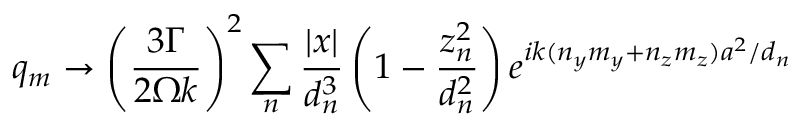
q _ { m } \to \left( \frac { 3 \Gamma } { 2 \Omega k } \right) ^ { 2 } \sum _ { n } \frac { | x | } { d _ { n } ^ { 3 } } \left( 1 - \frac { z _ { n } ^ { 2 } } { d _ { n } ^ { 2 } } \right) e ^ { i k ( n _ { y } m _ { y } + n _ { z } m _ { z } ) a ^ { 2 } / d _ { n } }